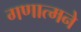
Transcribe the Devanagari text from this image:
गणात्मने